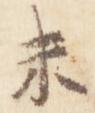
未